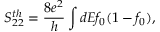
{ S _ { 2 2 } ^ { t h } = \frac { 8 e ^ { 2 } } { h } \int d E f _ { 0 } ( 1 - f _ { 0 } ) , }